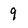
Character: 9